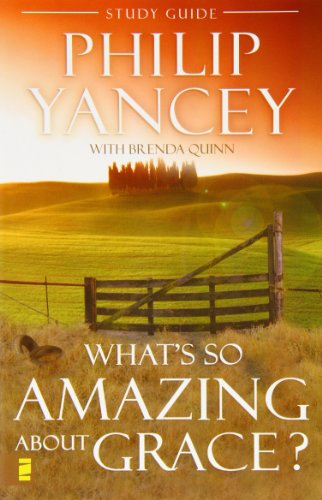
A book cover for What's So Amazing About Grace? Study Guide; Phillip Yancey; Christian Books & Bibles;